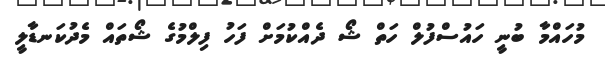
މުހައްމާ ބުނީ ހައުސްފުލް ހަތް ޝޯ ދެއްކުމަށް ފަހު ފިލްމުގެ ޝޯތައް މެދުކަނޑާލީ